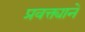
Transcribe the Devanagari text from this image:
प्रवक्त्याने